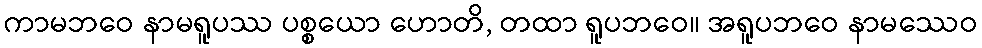
ကာမဘဝေ နာမရူပဿ ပစ္စယော ဟောတိ, တထာ ရူပဘဝေ။ အရူပဘဝေ နာမဿေဝ